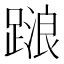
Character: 𨃹